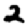
Digit: 2